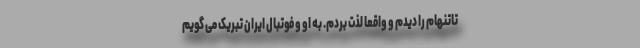
تاتنهام را دیدم و واقعا لذت بردم. به او و فوتبال ایران تبریک می گویم